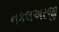
નકલઅરજી